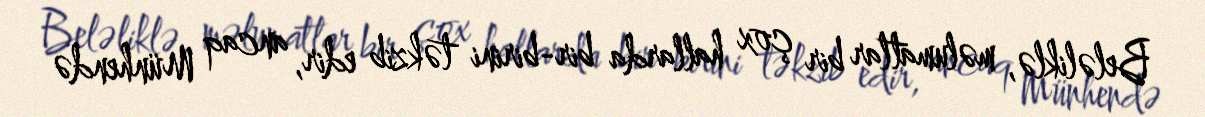
Beləliklə, məlumatlar bir çox hallarda bir-birini təkzib edir, ancaq Münhendə